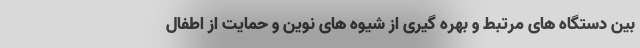
بین دستگاه های مرتبط و بهره گیری از شیوه های نوین و حمایت از اطفال